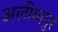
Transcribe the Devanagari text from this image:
अलीयापुर